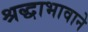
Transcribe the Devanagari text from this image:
श्रद्धाभावाने